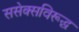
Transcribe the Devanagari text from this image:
ससेक्सविरूद्ध